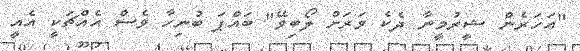
"އަހަރެން ޝީރުމީނާ ދެކެ ވަރަށް ލޯބިވޭ" ބައްޕަ ބުނިހާ ވެސް އެއްޗަކީ އެއީ